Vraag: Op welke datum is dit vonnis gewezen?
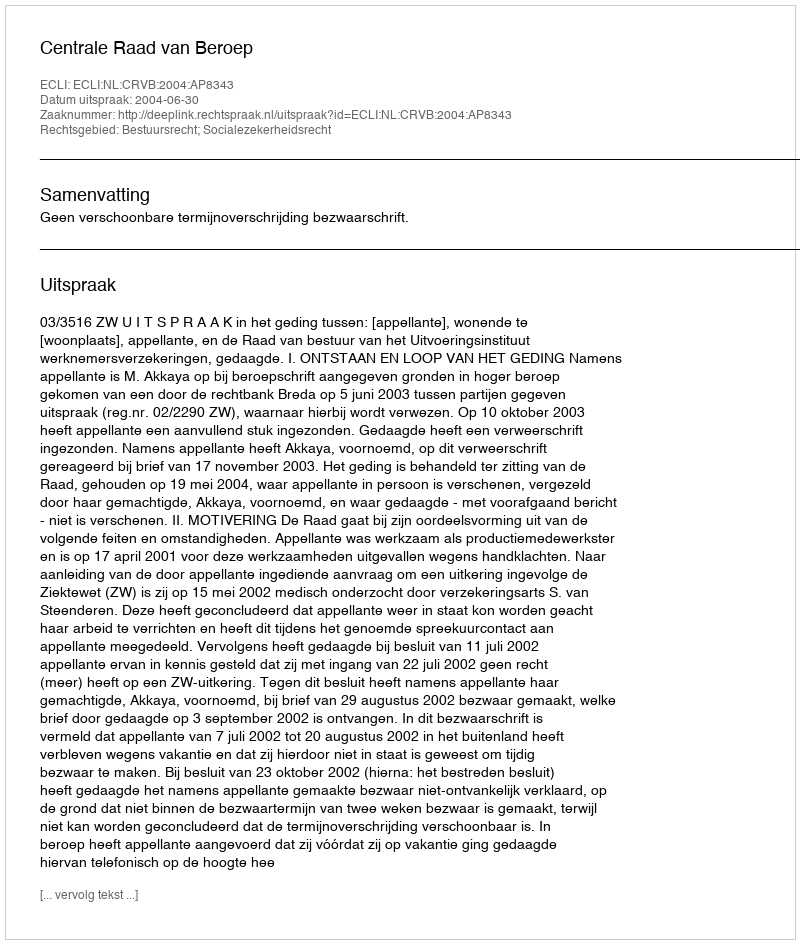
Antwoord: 2004-06-30